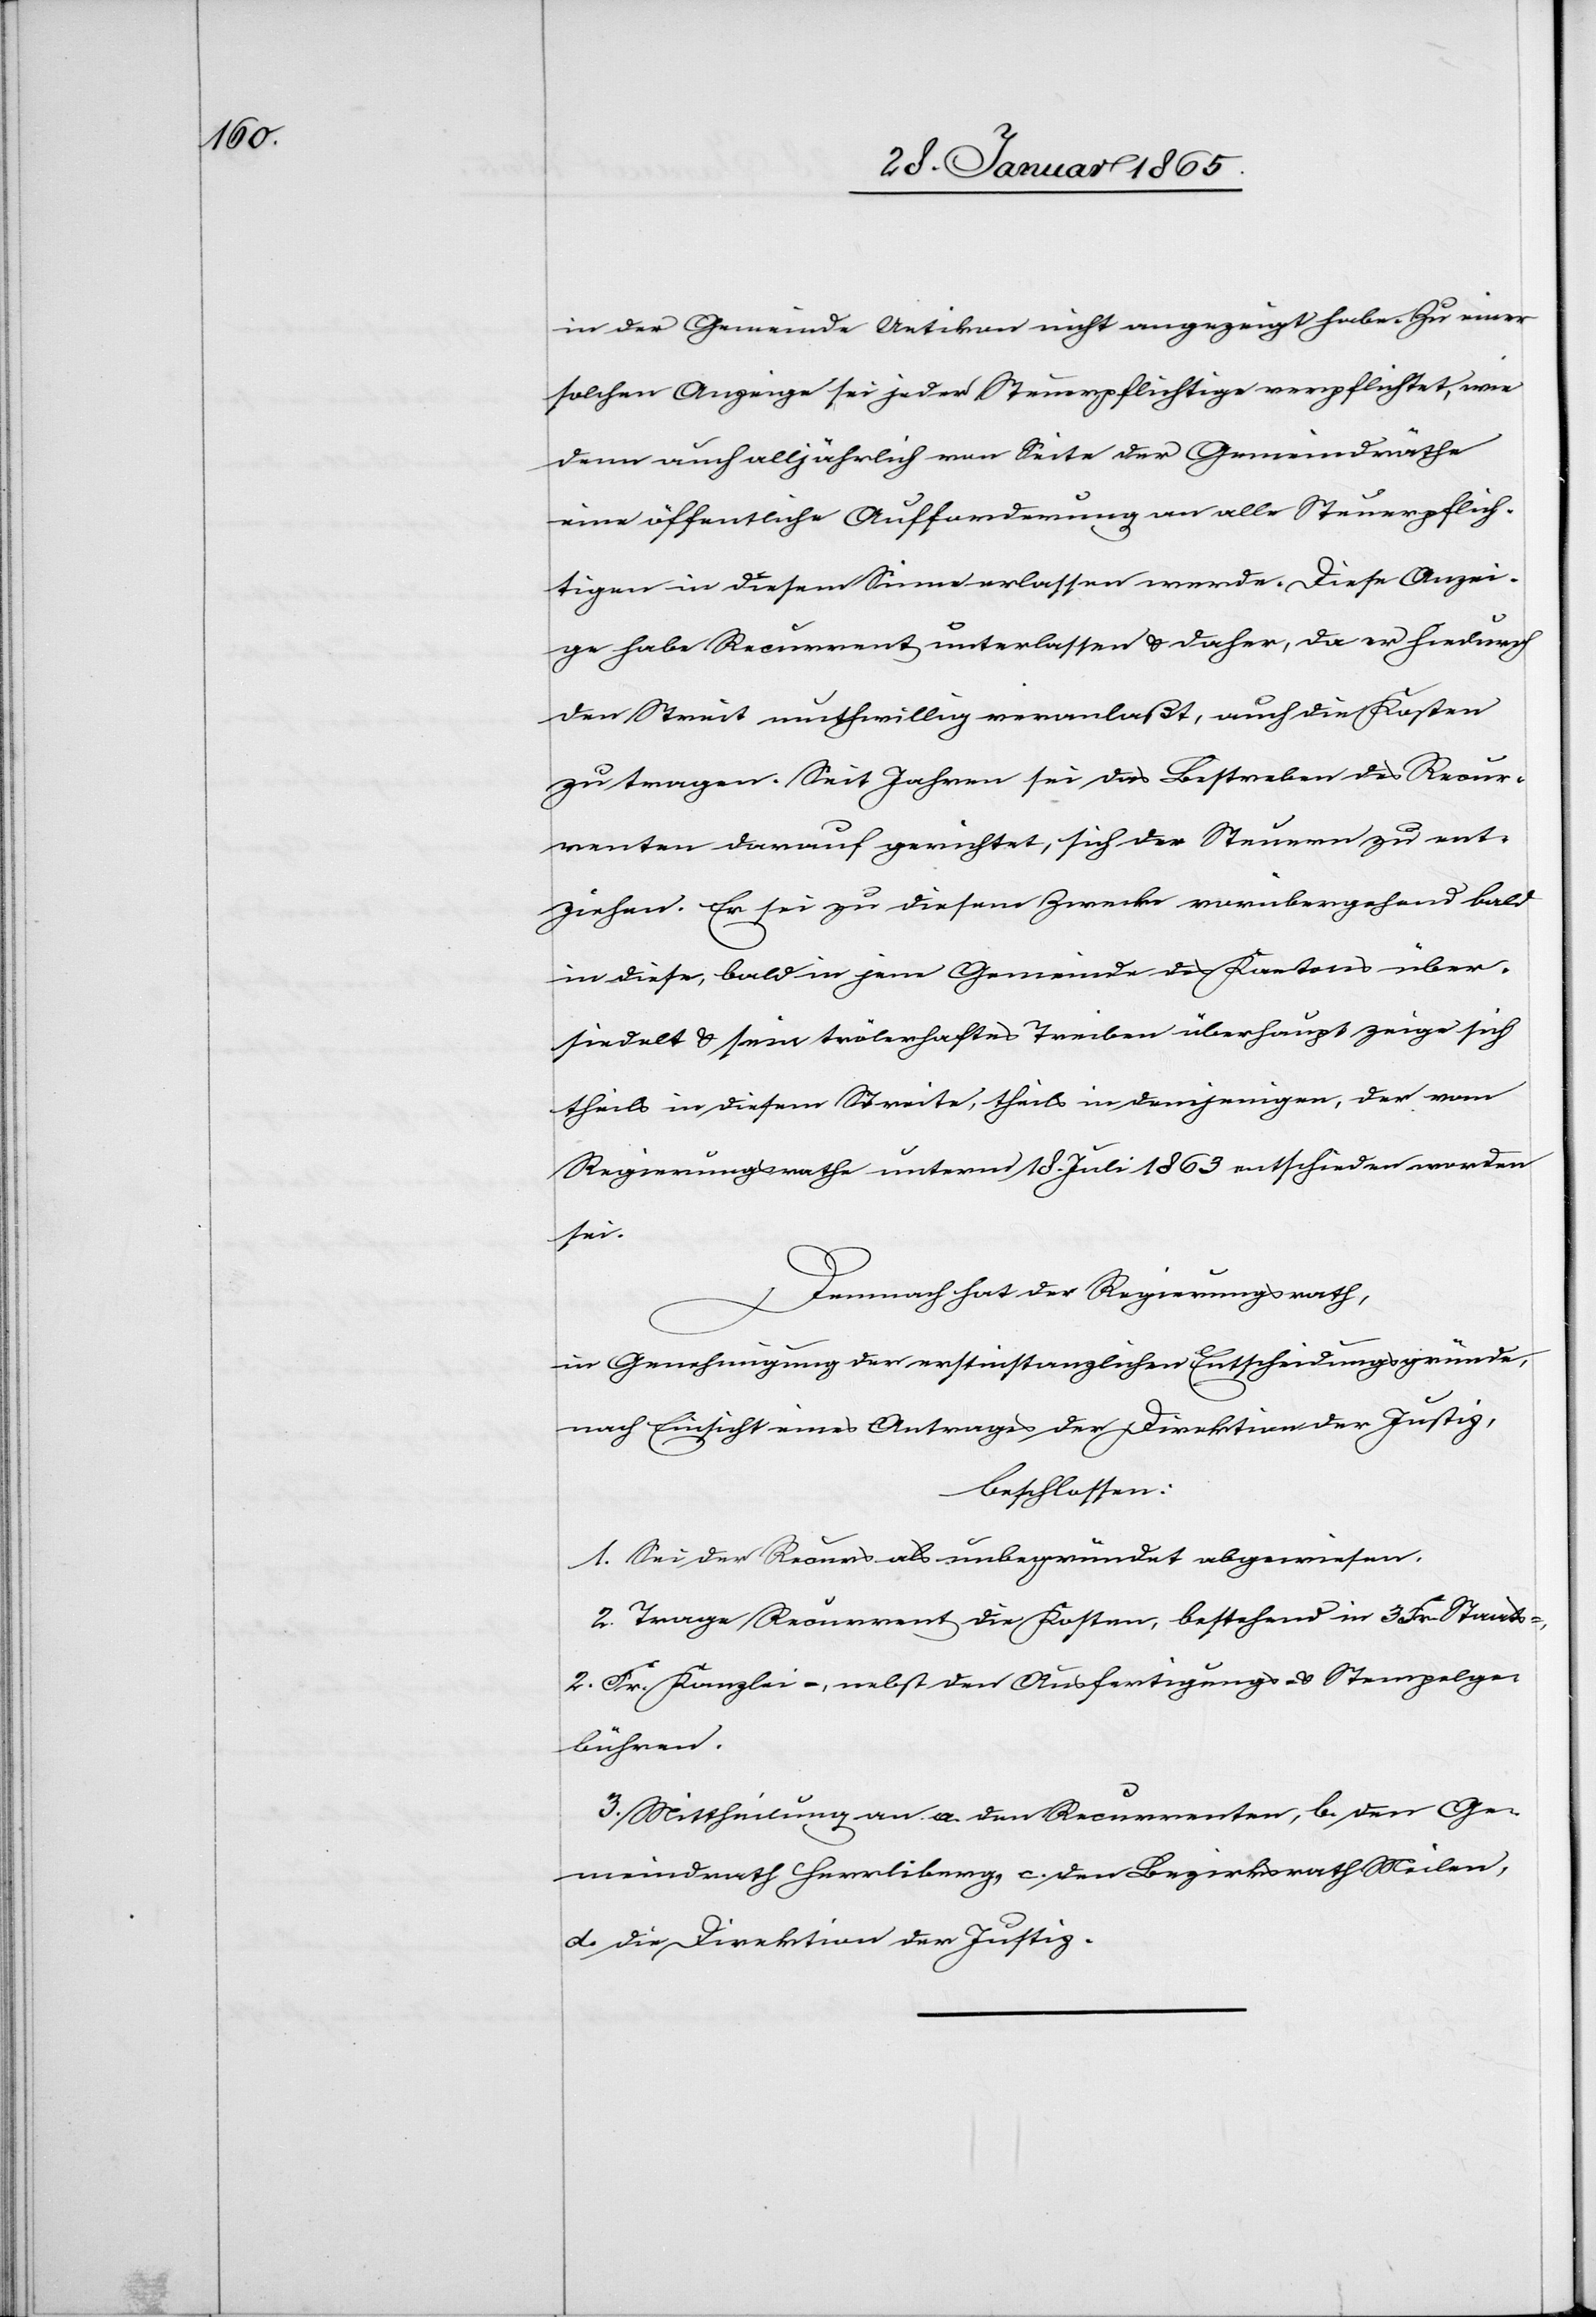
in der Gemeinde Uetikon nicht angezeigt habe. Zu einer
solchen Anzeige sei jeder Steuerpflichtige verpflichtet, wie
denn auch alljährlich von Seite der Gemeindräthe
eine öffentliche Aufforderung an alle Steuerpflich¬
tigen in diesem Sinne erlassen werde. Diese Anzei¬
ge habe Recurrent unterlassen u. daher, da er hiedurch
den Streit muthwillig veranlaßt, auch die Kosten
zu tragen. Seit Jahren sei das Bestreben des Recur¬
renten darauf gerichtet, sich der Steuern zu ent¬
ziehen. Er sei zu diesem Zwecke vorübergehend bald
in diese, bald in jene Gemeinde des Kantons über¬
siedelt u. sein trölerhaftes Treiben überhaupt zeige sich
theils in diesem Streite, theils in demjenigen, der vom
Regierungsrathe unterm 18. Juli 1863 entschieden worden
sei.
Demnach hat der Regierungsrath,
in Genehmigung der erstinstanzlichen Entscheidungsgründe,
nach Einsicht eines Antrages der Direktion der Justiz,
beschlossen:
1. Sei der Recurs als unbegründet abgewiesen.
2. Trage Recurrent die Kosten, bestehend in 3 Fr. Staats-,
2. Fr. Kanzlei-, nebst den Ausfertigungs- u. Stempelge¬
bühren.
3. Mittheilung an a. den Recurrenten, b. den Ge¬
meindrath Herrliberg, d. den Bezirksrath Meilen,
d. die Direktion der Justiz.